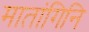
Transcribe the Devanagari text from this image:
मातांगिनि